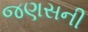
જણસની